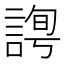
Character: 𧩛